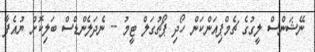
ނޭޝަންސް ލީގުގެ ޗެމްޕިއަންކަން ހޯދި ޕޯޗުގަލް ޓީމު -- ނެދަލެންޑްސް ބަލިކޮށް ޔުއެފާ